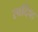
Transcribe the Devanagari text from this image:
स्वदिष्ठ